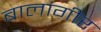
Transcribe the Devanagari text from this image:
बालांगीर